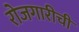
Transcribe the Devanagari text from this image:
रोजगारीची